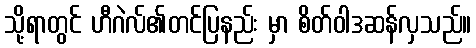
သို့ရာတွင် ဟီဂဲလ်၏တင်ပြနည်း မှာ စိတ်ဝါဒဆန်လှသည်။